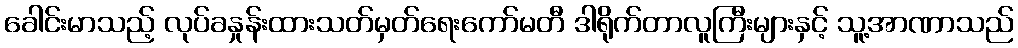
ခေါင်းမာသည့် လုပ်ခနှုန်းထားသတ်မှတ်ရေးကော်မတီ ဒါရိုက်တာလူကြီးများနှင့် သူ့အာဏာသည်